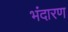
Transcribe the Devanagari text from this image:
भंदारण